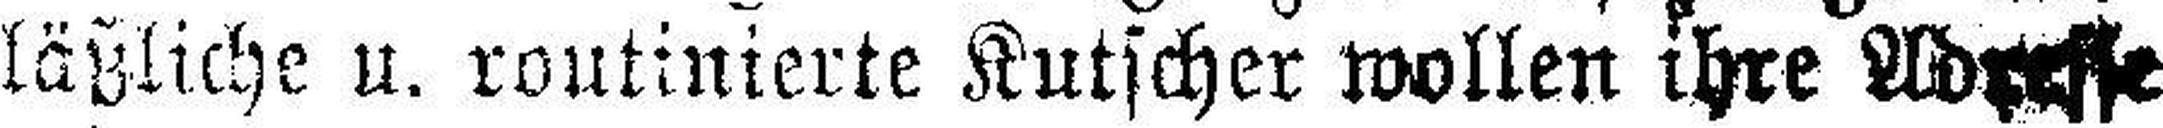
läßliche u. routinierte Kutscher wollen ihre Adresse